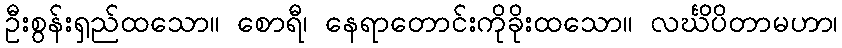
ဦးစွန်းရှည်ထသော။ စောရီ၊ နေရာတောင်းကိုခိုးထသော။ လင်္ဃိပိတာမဟာ၊